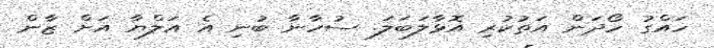
ހައްގު ހޯދަން އަތުކުރި އޮޅާލަބަލަ. ސުހާނާ ބުނި އެ އަލްޔާ އަށް ޒާން